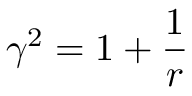
\gamma ^ { 2 } = 1 + \frac { 1 } { r }